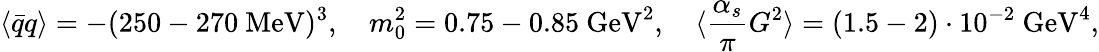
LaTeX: \langle\bar{q}q\rangle=-(250-270\mathrm{~MeV})^{3},\quad m_{0}^{2}=0.75-0.85\mathrm{~GeV}^{2},\quad\langle\frac{\alpha_{s}}{\pi}G^{2}\rangle=(1.5-2)\cdot 10^{-2}\mathrm{~GeV}^{4},